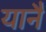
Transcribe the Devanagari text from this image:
यानै